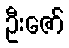
ဦးဇော်